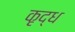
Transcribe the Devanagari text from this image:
कृद्ध